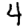
Digit: 4